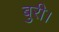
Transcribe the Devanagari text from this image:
बुरी।